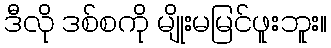
ဒီလို ဒစ်စကို မျိုးမမြင်ဖူးဘူး။